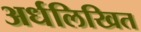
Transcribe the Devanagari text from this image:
अर्धलिखित